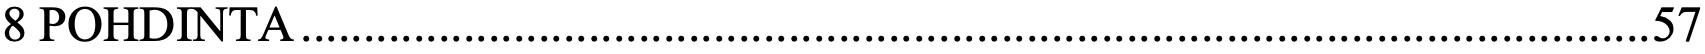
8 POHDINTA ............................................................................................................ 57